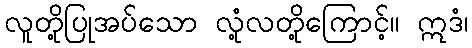
လူတို့ပြုအပ်သော လုံ့လတို့ကြောင့်။ ဣဒံ၊